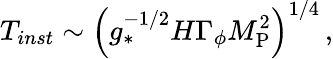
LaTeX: T_{inst}\sim\left(g_{\ast}^{-1/2}H\Gamma_{\phi}M_{\mathrm{P}}^{2}\right)^{1/4}\, ,